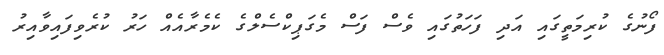
ފޯނުގެ ކުރިމަތީގައި އަދި ފަހަތުގައި ވެސް ފަސް މެގަޕިކްސެލްގެ ކެމެރާއެއް ހަރު ކުރެވިފައިވާއިރު